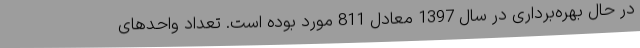
در حال بهره‌برداری در سال 1397 معادل 811 مورد بوده است. تعداد واحدهای